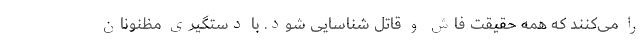
را می‌کنند که همه حقیقت فاش و قاتل شناسایی شود. با دستگیری مظنونان